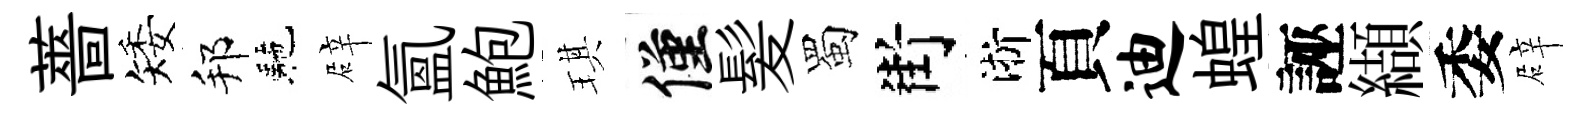
薔矮邦駰辟氳鮑琪僅髪蜀街淅頁迪蝗誣纈委辟